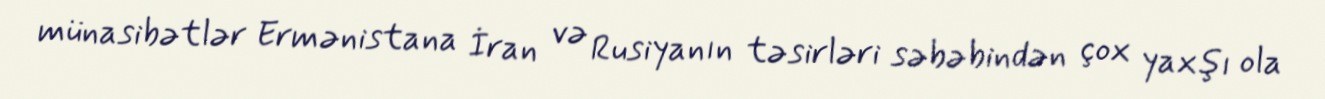
münasibətlər Ermənistana İran və Rusiyanın təsirləri səbəbindən çox yaxşı ola